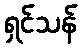
ရှင်သန်